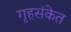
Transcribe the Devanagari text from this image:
गृहसंकेत